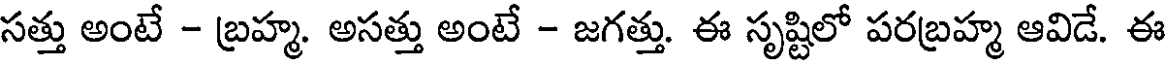
సత్తు అంటే - బ్రహ్మ. అసత్తు అంటే - జగత్తు. ఈ సృష్టిలో పరబ్రహ్మ ఆవిడే. ఈ